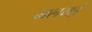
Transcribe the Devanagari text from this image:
मलयई